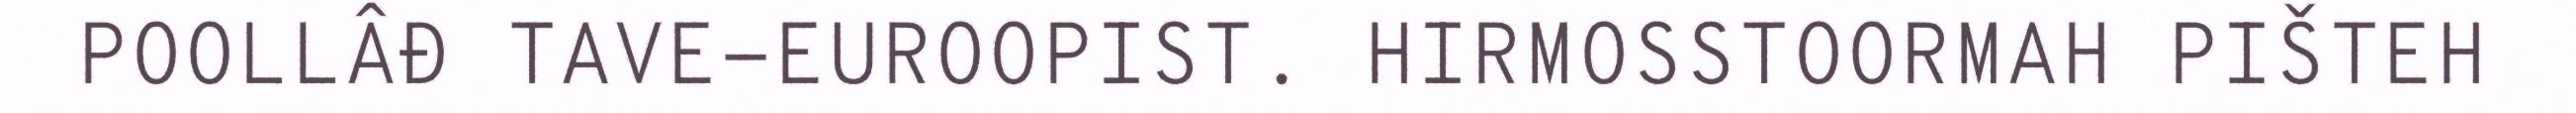
POOLLÂĐ TAVE-EUROOPIST. HIRMOSSTOORMAH PIŠTEH